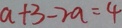
a + 3 - 2 a = 4